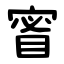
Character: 䁇